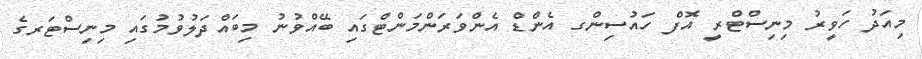
މިއަދު ހަވީރު މިނިސްޓްރީ އޮފް ހައުސިންގ އެންޑް އެންވަރަންމަންޓްގައި ބޭއްވުނު މިބައްދަލުވުމުގައި މިނިސްޓަރގެ